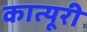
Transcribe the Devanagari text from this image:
कात्यूरी